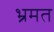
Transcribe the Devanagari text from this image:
भ्रमत